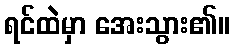
ရင်ထဲမှာ အေးသွား၏။